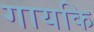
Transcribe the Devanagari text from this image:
गायकि